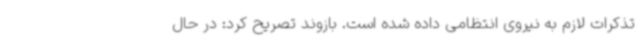
تذکرات لازم به نیروی انتظامی داده شده است. بازوند تصریح کرد: در حال